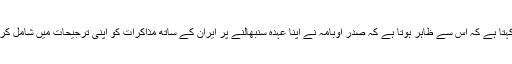
اخبار کہتا ہے کہ اس سے ظاہر ہوتا ہے کہ صدر اوبامہ نے اپنا عہدہ سنبھالنے پر ایران کے ساتھ مذاکرات کو اپنی ترجیحات میں شامل کرلیا تھا۔